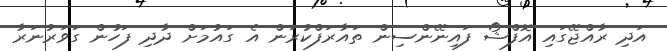
އަދި ރާއްޖޭގައި އޮފްޝޯ ފައިނޭންސިން ތައާރަފްކުރަން އެ ގައުމަށް ދާދި ފަހުން ގަވަރުނަރާ